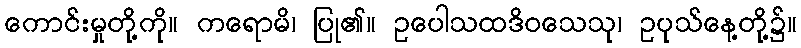
ကောင်းမှုတို့ကို။ ကရောမိ၊ ပြု၏။ ဥပေါသထဒိဝသေသု၊ ဥပုသ်နေ့တို့၌။